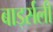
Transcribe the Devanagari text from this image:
बार्ड्सली